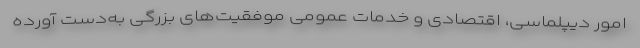
امور دیپلماسی، اقتصادی و خدمات عمومی موفقیت‌های بزرگی به‌دست آورده